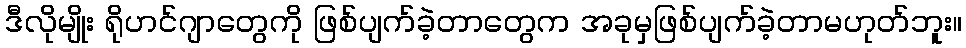
ဒီလိုမျိုး ရိုဟင်ဂျာတွေကို ဖြစ်ပျက်ခဲ့တာတွေက အခုမှဖြစ်ပျက်ခဲ့တာမဟုတ်ဘူး။